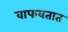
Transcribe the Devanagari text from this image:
वाफवतात